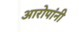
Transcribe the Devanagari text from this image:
आरोपांनी